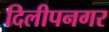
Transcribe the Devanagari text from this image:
दिलीपनगर